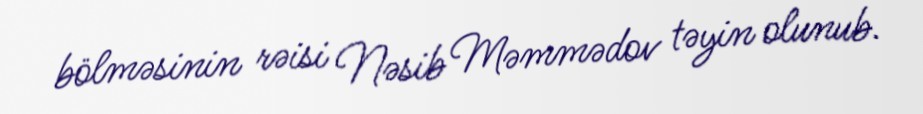
bölməsinin rəisi Nəsib Məmmədov təyin olunub.